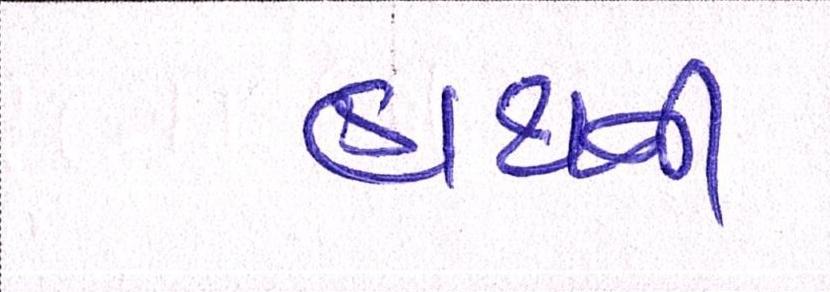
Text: હાથની